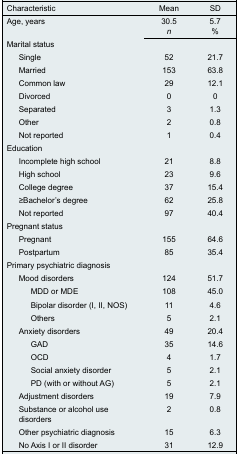
| Characteristic | Mean | SD |
 | --- | --- | --- |
 | <ROWSPAN=3> Age, years | 30.5 | 5.7 |
 | n | % |
 | Marital status |  |  |
 | Single | 52 | 21.7 |
 | Married | 153 | 63.8 |
 | Common law | 29 | 12.1 |
 | Divorced | 0 | 0 |
 | Separated | 3 | 1.3 |
 | Other | 2 | 0.8 |
 | Not reported | 1 | 0.4 |
 | Education |  |  |
 | Incomplete high school | 21 | 8.8 |
 | High school | 23 | 9.6 |
 | College degree | 37 | 15.4 |
 | ≥Bachelor’s degree | 62 | 25.8 |
 | Not reported | 97 | 40.4 |
 | Pregnant status |  |  |
 | Pregnant | 155 | 64.6 |
 | Postpartum | 85 | 35.4 |
 | Primary psychiatric diagnosis |  |  |
 | Mood disorders | 124 | 51.7 |
 | MDD or MDE | 108 | 45.0 |
 | Bipolar disorder (I, II, NOS) | 11 | 4.6 |
 | Others | 5 | 2.1 |
 | Anxiety disorders | 49 | 20.4 |
 | GAD | 35 | 14.6 |
 | OCD | 4 | 1.7 |
 | Social anxiety disorder | 5 | 2.1 |
 | PD (with or without AG) | 5 | 2.1 |
 | Adjustment disorders | 19 | 7.9 |
 | Substance or alcohol use disorders | 2 | 0.8 |
 | Other psychiatric diagnosis | 15 | 6.3 |
 | No Axis I or II disorder | 31 | 12.9 |